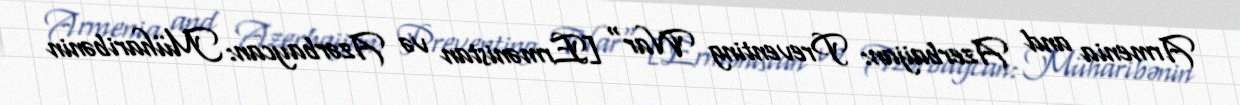
Armenia and Azerbaijan: Preventing War" [Ermənistan və Azərbaycan: Müharibənin